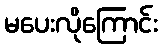
မပေးလိုကြောင်း